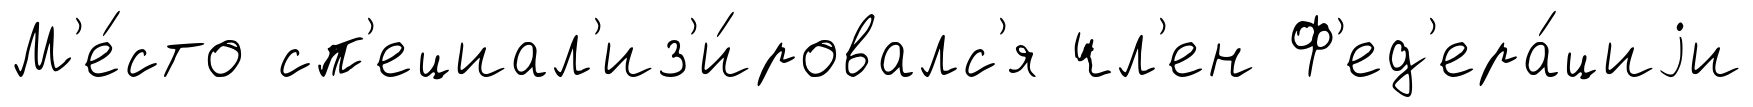
М'е́сто сп'ециал'из'и́ровалс'я чл'ен Ф'ед'ера́циjи